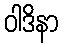
ဝါဒိနာ